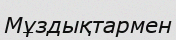
Мұздықтармен